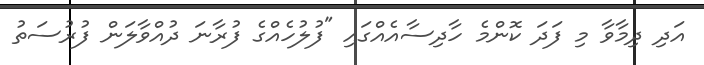
އަދި ދިމާވާ މި ފަދަ ކޮންމެ ހާދިސާއެއްގައި "ފުލުހެއްގެ ފުރާނަ ދުއްވާލަން ފުރުސަތު